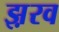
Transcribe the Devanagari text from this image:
झ़रव